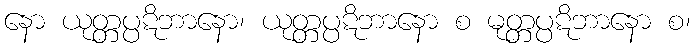
နော ယုတ္တပ္ပဋိဘာနော၊ ယုတ္တပ္ပဋိဘာနော စ မုတ္တပ္ပဋိဘာနော စ၊